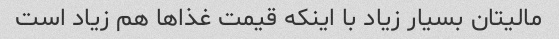
مالیتان بسیار زیاد با اینکه قیمت غذا‌ها هم زیاد است